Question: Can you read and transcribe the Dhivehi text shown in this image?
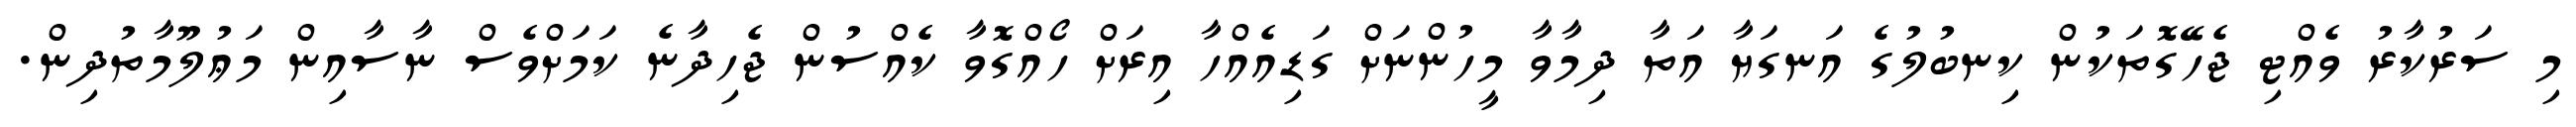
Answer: މި ސަރުކާރު ވެއްޓި ޖެހޭގޮތަކުން ކިނބުލުގެ އަނގަޔާ އަތާ ދިމާވާ މީހުންނަށް ގަޑިއެއްހާ އިރަށް ހޯއްގޮވާ ކެއްސުން ޖެހިދާނެ ކަމަށްވެސް ނާސާއިން މަޢުލޫމާތުދިން.